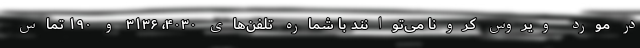
در مورد ویروس کرونا می‌توانند با شماره تلفن‌های ۴۰۳۰، ۳۱۳۶ و ۱۹۰ تماس